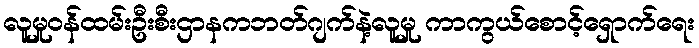
လူမှုဝန်ထမ်းဦးစီးဌာနကဘတ်ဂျက်နဲ့လူမှု ကာကွယ်စောင့်ရှောက်ရေး